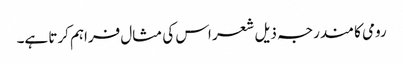
رومی کا مندرجہ ذیل شعر اس کی مثال فراہم کرتا ہے۔